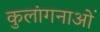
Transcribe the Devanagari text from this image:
कुलांगनाओं